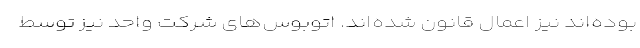
بوده‌اند نیز اعمال قانون شده‌اند. اتوبوس‌‌های شرکت‌ واحد نیز توسط